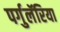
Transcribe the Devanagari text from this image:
पर्गुलॅरिया